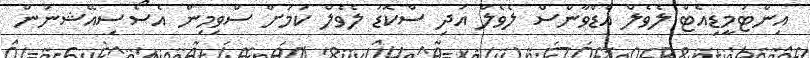
އިންޓަމީޑިއެޓް ލެވެލް އެޑްވާންސް ލެވެލް އަދި ސްކޮޑު ލެވެލް ކަމަށް ސްވިމިން އެސޯސިއޭޝނުން